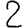
Digit: 2